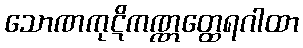
သောဏကုဋိကဏ္ဏတ္ထေရဂါထာ